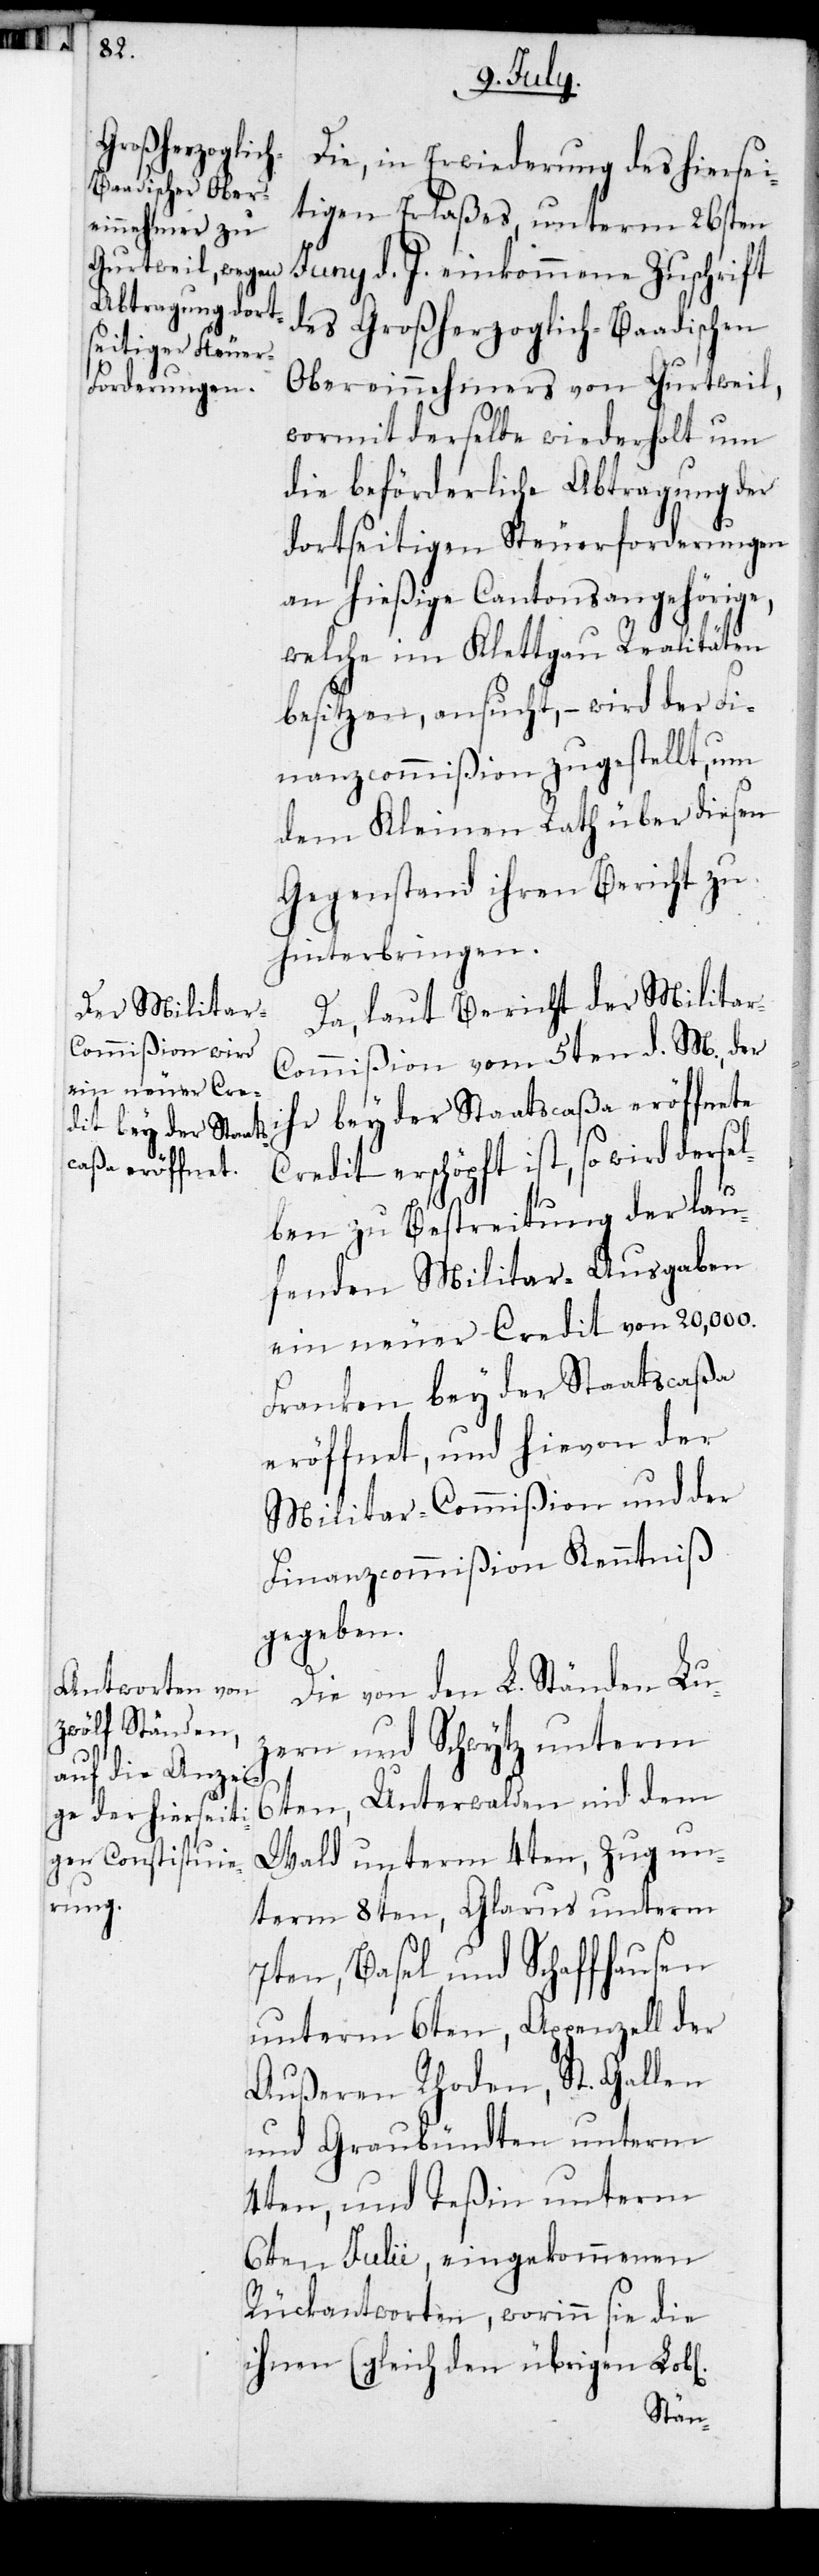
Die, in Erwiederung des hiersei¬
tigen Erlaßes, unterm 26sten
Juny d. J. einkommene Zuschrift
des Großherzoglich-Baadischen
Obereinnehmers von Gurtweil,
wormit derselbe wiederholt um
die beförderliche Abtragung der
dortseitigen Steuerforderungen
an hießige Cantonsangehörige,
welche im Klettgau Realitäten
besitzen, ansucht, – wird der Fi¬
nanzcommißion zugestellt, um
dem Kleinen Rath über diesen
Gegenstand ihren Bericht zu
hinterbringen.
Da, laut Bericht der Militar-C¬
ommißion vom 5ten d. M., der
ihr bey der Staatscaßa eröffnete
Credit erschöpft ist, so wird dersel¬
ben zu Bestreitung der lau¬
fenden Militar-Ausgaben
ein neuer Credit von 20,000.
Franken bey der Staatscaßa
eröffnet, und hievon der
Militar-Commißion und der
Finanzcommißion Kenntniß
gegeben.
Die von den L. Ständen Lu¬
zern und Schwytz unterm
6ten, Unterwalden nid dem
Wald unterm 4ten, Zug un¬
term 8ten, Glarus unterm
7ten, Basel und Schaffhausen
unterm 6ten, Appenzell der
Außeren Rhoden, St. Gallen
und Graubündten unterm
4ten, und Teßin unterm
6ten Julii, eingekommenen
Rückantworten, worinn sie die
ihnen (gleich den übrigen Lob[l¬
ichen]